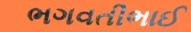
ભગવતીભાઈ